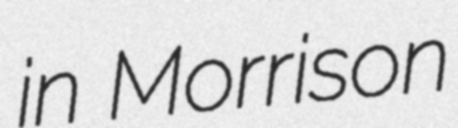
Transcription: in Morrison